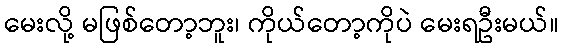
မေးလို့ မဖြစ်တော့ဘူး၊ ကိုယ်တော့ကိုပဲ မေးရဦးမယ်။